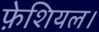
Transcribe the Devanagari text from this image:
फ़ेशियल।